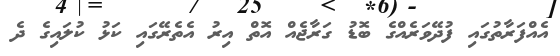
އެއްފަރާތުގައި ފުދޭވަރެއްގެ ބޮޑު ގަރާޖެއް އޮތް އިރު އެތެރޭގައި ކަޅު ކުލައިގެ ދެ